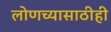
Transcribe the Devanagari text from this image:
लोणच्यासाठीही